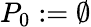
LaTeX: P_{0}:=\emptyset